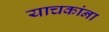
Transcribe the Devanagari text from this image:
याचकांना